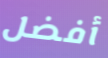
أفضل